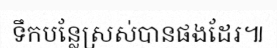
ទឹកបន្លែស្រស់បានផងដែរ៕